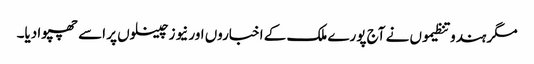
مگر ہندو تنظیموں نے آج پورے ملک کے اخباروں اور نیوز چینلوں پر اسے چھپوا دیا۔